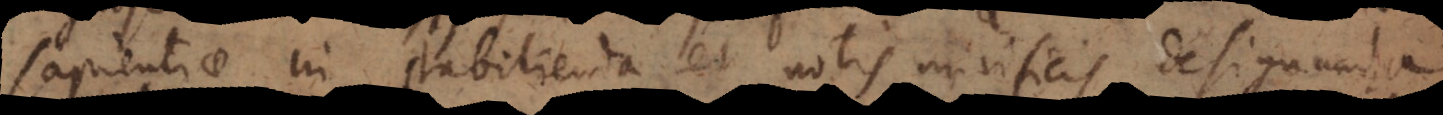
sapientiae in stabilienda et notis mirificis designanda